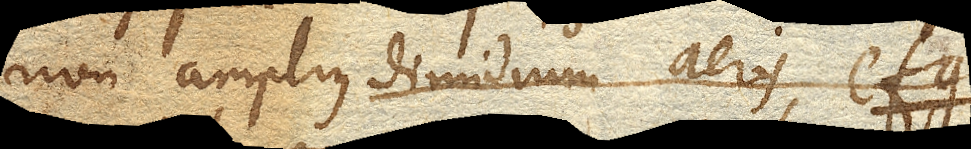
non amplius dimidium aeris efg